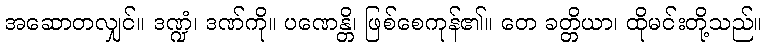
အဆောတလျှင်။ ဒဏ္ဍံ၊ ဒဏ်ကို။ ပဏေန္တိ၊ ဖြစ်စေကုန်၏။ တေ ခတ္တိယာ၊ ထိုမင်းတို့သည်။